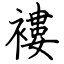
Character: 褸